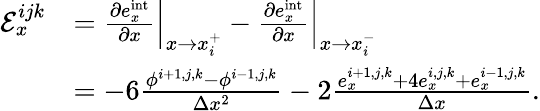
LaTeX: \begin{array}{rl}{\mathcal{E}_{x}^{ijk}}&{=\left.\frac{\partial e_{x}^{\mathrm{int}}}{\partial x}\right|_{x\rightarrow x_{i}^{+}}-\left.\frac{\partial e_{x}^{\mathrm{int}}}{\partial x}\right|_{x\rightarrow x_{i}^{-}}}\\ &{=-6\frac{\phi^{i+1,j,k}-\phi^{i-1,j,k}}{\Delta x^{2}}-2\frac{e_{x}^{i+1,j,k}+4e_{x}^{i,j,k}+e_{x}^{i-1,j,k}}{\Delta x}.}\end{array}